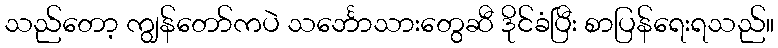
သည်တော့ ကျွန်တော်ကပဲ သင်္ဘောသားတွေဆီ ဒိုင်ခံပြီး စာပြန်ရေးရသည်။